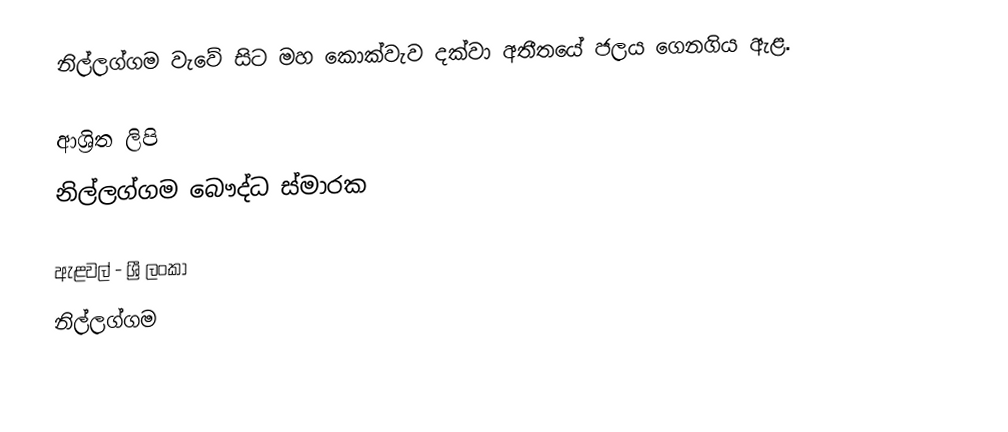
නිල්ලග්ගම වැවේ සිට මහ කොක්වැව දක්වා අතීතයේ ජලය ගෙනගිය ඇළ.

ආශ්‍රිත ලිපි
 නිල්ලග්ගම බෞද්ධ ස්මාරක

ඇළවල් - ශ්‍රී ලංකා
නිල්ලග්ගම